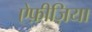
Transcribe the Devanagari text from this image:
ऐफ़ीज़िया